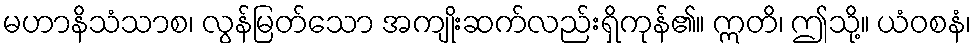
မဟာနိသံသာစ၊ လွန်မြတ်သော အကျိုးဆက်လည်းရှိကုန်၏။ ဣတိ၊ ဤသို့။ ယံဝစနံ၊